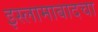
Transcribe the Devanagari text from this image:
इस्लामाबादचा